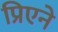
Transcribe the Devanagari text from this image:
प्रिएने